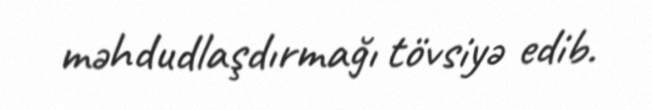
məhdudlaşdırmağı tövsiyə edib.